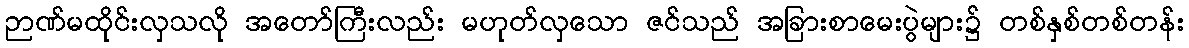
ဉာဏ်မထိုင်းလှသလို အတော်ကြီးလည်း မဟုတ်လှသော ဇင်သည် အခြားစာမေးပွဲများ၌ တစ်နှစ်တစ်တန်း